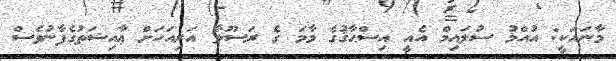
މާނައަކީ: އުއްމު ސުލައިމް އެއީ އިސްޙާޤުގެ މާމަ ގެ ރަސޫލާ އަރިއަހަށް ޢާއިޝަތުގެފާނުވެސް